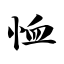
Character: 恤